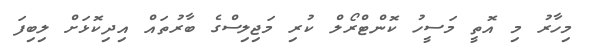
މިހާރު މި އޮތީ މަސީހު ކޮންޓްރޯލް ކުރި މަޖިލިސްގެ ބާރުތައް އިދިކޮޅަށް ލިބިފަ